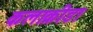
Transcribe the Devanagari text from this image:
कलाक्रीडा